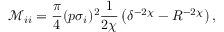
\mathcal M _ { i i } = \frac { \pi } { 4 } ( p \sigma _ { i } ) ^ { 2 } \frac { 1 } { 2 \chi } \left( \delta ^ { - 2 \chi } - R ^ { - 2 \chi } \right) ,